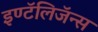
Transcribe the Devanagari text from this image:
इण्टॅलिजॅन्स